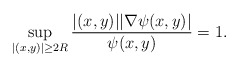
\begin{align*} \sup_{|(x, y)| \geq 2R} \frac{|(x,y)||\nabla \psi(x ,y)|}{\psi(x, y)}=1.\end{align*}